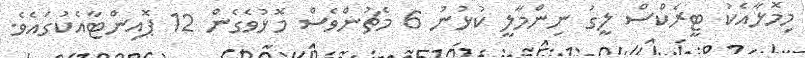
މިމޮޅާއެކު ޓީރެކްސް ލީގު ނިންމާލީ ކުޅުނު 6 މެޗުންވެސް މޮޅުވެގެން 12 ޕޮއިންޓާއެކުގައެވެ.